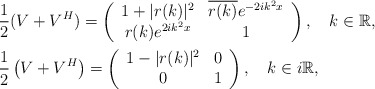
\begin{align*} &\frac{1}{2}(V + V^H) = \left(\begin{array}{cc}1+ |r(k)|^2 & \overline{r(k)}e^{-2ik^2x} \\r(k)e^{2ik^2x} & 1 \end{array} \right), \ \ \ k\in \mathbb{R}, \\&\frac{1}{2}\left(V + V^H\right) = \left(\begin{array}{cc} 1-|r(k)|^2 & 0 \\0 & 1 \end{array} \right), \ \ \ k\in i\mathbb{R}, \end{align*}